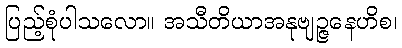
ပြည့်စုံပါသလော။ အသီတိယာအနုဗျဉ္ဇနေဟိစ၊